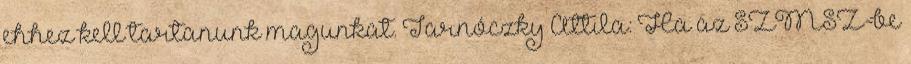
ehhez kell tartanunk magunkat. Tarnóczky Attila: Ha az SZMSZ-be